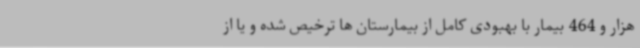
هزار و 464 بیمار با بهبودی کامل از بیمارستان ها ترخیص شده و یا از